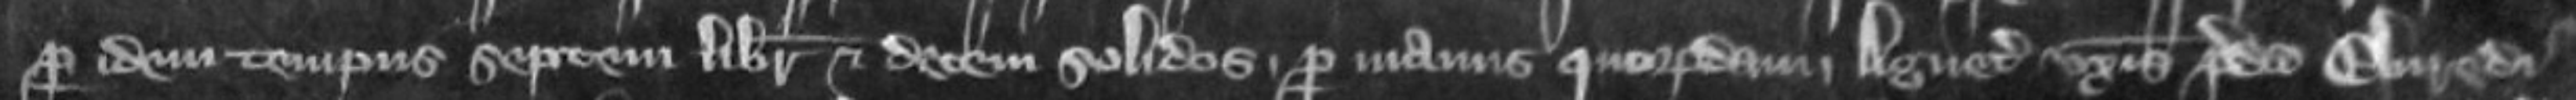
per idem tempus septem libras et decem solidos per manus quorundam Agnetis uxoris predicti Elvredi